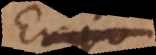
Ergo